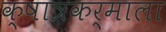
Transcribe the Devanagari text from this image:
क्षात्रकर्माला